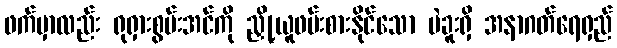
ဖက်မှာလည်း ရုရှားစွမ်းအင်ကို ညှို့ယူဖမ်းစားနိုင်သော ပဲခူးရှိ အနာဂတ်ရေရှည်